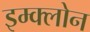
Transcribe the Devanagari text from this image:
इम्‍क्‍लोन